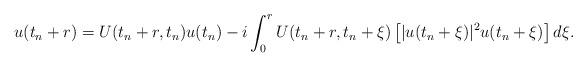
LaTeX: \begin{align*}u(t_n+r) = U(t_n+r,t_n) u (t_n) - i \int_0^{r}U(t_n+r,t_n+\xi)\left [|u(t_n+\xi) |^2 u(t_n+\xi)\right] d \xi.\end{align*}